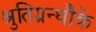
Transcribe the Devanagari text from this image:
श्रुतिग्रन्थौके